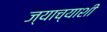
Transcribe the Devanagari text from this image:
ज्याच्याशी